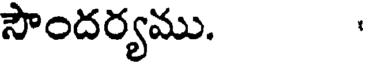
సౌందర్యము.